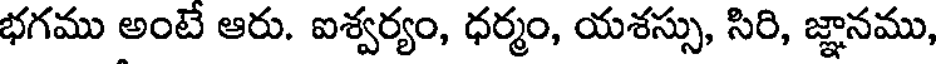
భగము అంటే ఆరు. ఐశ్వర్యం, ధర్మం, యశస్సు, సిరి, జ్ఞానము,